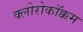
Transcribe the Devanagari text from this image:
क्लोरोकॉक्कम